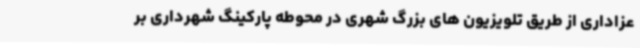
عزاداری از طریق تلویزیون های بزرگ شهری در محوطه پارکینگ شهرداری بر